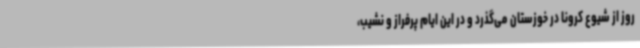
روز از شیوع کرونا در خوزستان می‌گذرد و در این ایام پرفراز و نشیب،